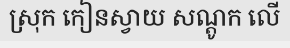
ស្រុក កៀនស្វាយ សណ្តូក លើ